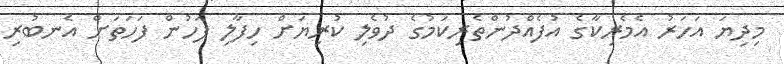
މިދިޔަ އަހަރު އެމެރިކާގެ އުފެއްދުންތެރިކަމުގެ ދުވެލި ކުރިޔަށް ހިފާލި ފަހުން ފަހަތަށް އެނބުރި